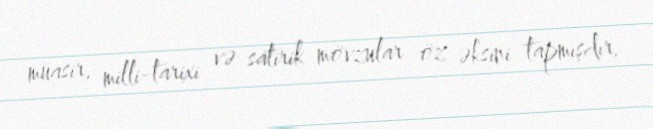
müasir, milli-tarixi və satirik mövzular öz əksini tapmışdır.